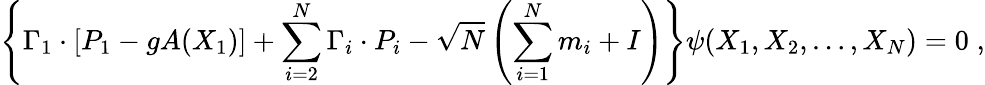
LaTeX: \left\{ \Gamma_{1}\cdot\left[P_{1}-gA(X_{1})\right]+\sum_{i=2}^{N}\Gamma_{i}\cdot P_{i}-\sqrt{N}\left(\sum_{i=1}^{N}m_{i}+I\right)\right\} \psi(X_{1},X_{2},\ldots,X_{N})=0\; ,